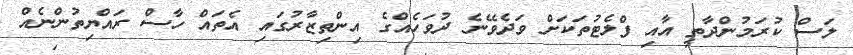
ލަސް ކުރަމުންދާތީ އާއި ފްލެޓުތަކަށް ވަދެވޭނެ ދުވަހެއްގެ އިންތިޒާރުގައި އެތައް ހާސް ރައްޔިތުންނެއް